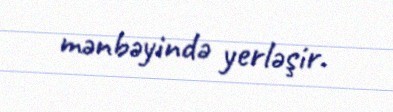
mənbəyində yerləşir.